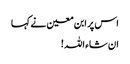
اس پر ابن معین نے کہا
ان شاء اللہ !